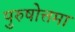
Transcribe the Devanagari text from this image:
पुरुषोत्तमा